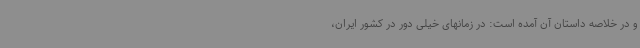
و در خلاصه داستان آن آمده است: در زمانهای خیلی دور در کشور ایران،